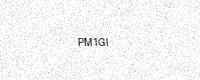
Text: PM1GI